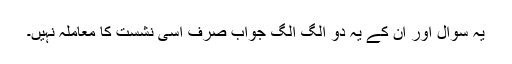
یہ سوال اور ان کے یہ دو الگ الگ جواب صرف اسی نشست کا معاملہ نہیں۔